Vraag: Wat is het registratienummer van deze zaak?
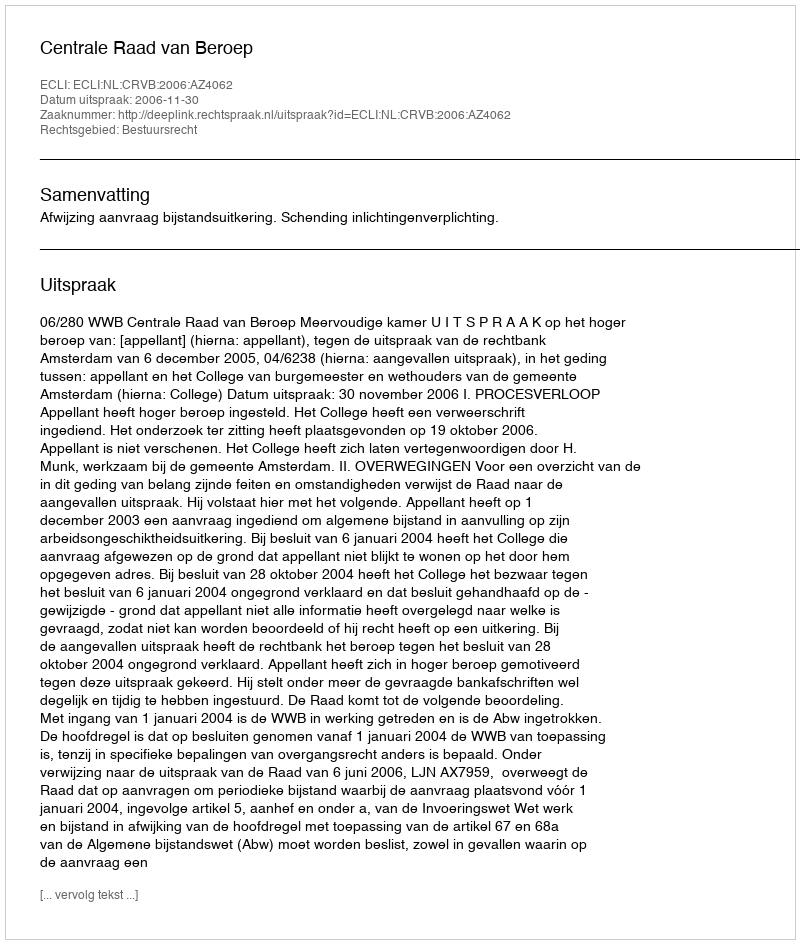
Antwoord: http://deeplink.rechtspraak.nl/uitspraak?id=ECLI:NL:CRVB:2006:AZ4062